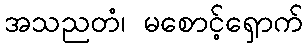
အသညတံ၊ မစောင့်ရှောက်